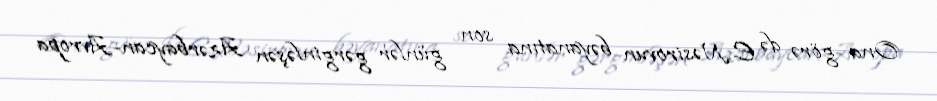
Ona görə də E.Nəsirovun bəyanatına son günlər gərginləşən Azərbaycan-Avropa